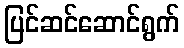
ပြင်ဆင်ဆောင်ရွက်